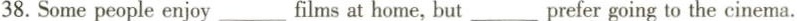
38.Some people enjoy___films at home, but ___prefer going to the cinema.